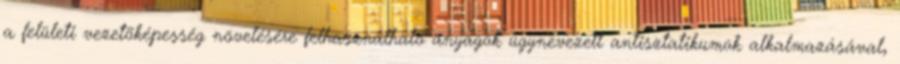
a felületi vezetõképesség növelésére felhasználható anyagok úgynevezett antisztatikumok alkalmazásával,